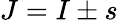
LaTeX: J=I\pm s